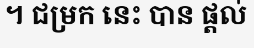
។ ជម្រក នេះ បាន ផ្តល់